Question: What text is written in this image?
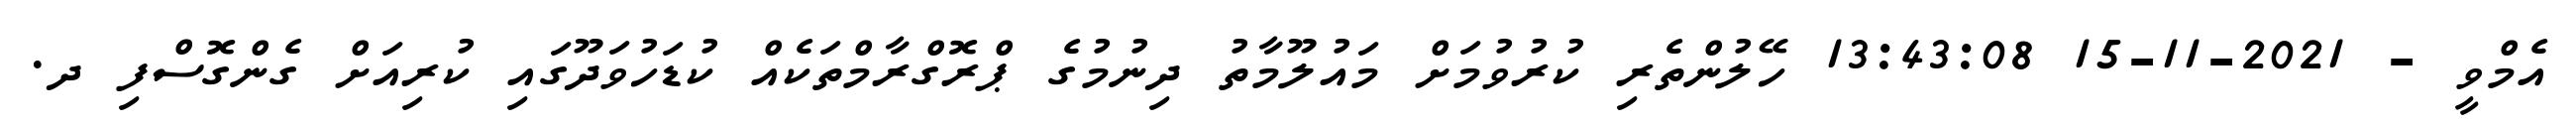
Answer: އެމްވީ - 2021-11-15 13:43:08 ހޭލުންތެރި ކުރުވުމަށް މައުލޫމާތު ދިނުމުގެ ޕްރޮގްރާމްތަކެއް ކުޑަހުވަދޫގައި ކުރިއަށް ގެންގޮސްފި ދ.